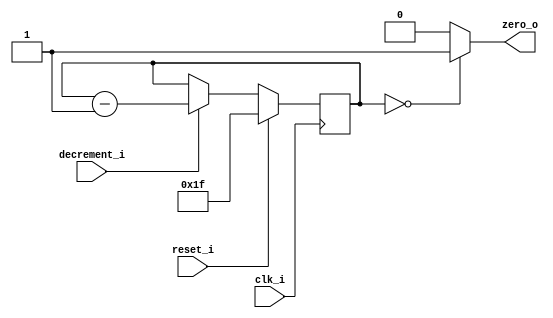
module nonce_register_byte_counter (
	input clk_i,
	input reset_i,
	input decrement_i,
	output reg zero_o
);

reg [4:0] counter_d, counter_q;

always @(*) begin
	if (counter_q == 5'd0)
		zero_o = 1'b1;
	else
		zero_o = 1'b0;
		
	if (reset_i)
		counter_d = 5'd31;
	else if (decrement_i)
		counter_d = counter_q - 5'd1;
	else
		counter_d = counter_q;
end

always @(posedge clk_i) begin
	counter_q <= counter_d;
end

endmodule